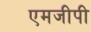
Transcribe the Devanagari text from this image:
एमजीपी